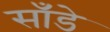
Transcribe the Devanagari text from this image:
साँडे